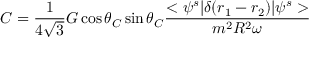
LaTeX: C = { \frac { 1 } { 4 \sqrt { 3 } } } G \cos \theta _ { C } \sin \theta _ { C } { \frac { < \psi ^ { s } | \delta ( r _ { 1 } - r _ { 2 } ) | \psi ^ { s } > } { m ^ { 2 } R ^ { 2 } \omega } }